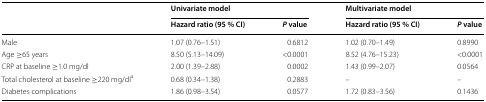
<table><thead><tr><td rowspan="2"></td><td colspan="2"><b>Univariate model</b></td><td colspan="2"><b>Multivariate model</b></td></tr><tr><td><b>Hazard ratio (95 % CI)</b></td><td><b><i>P</i> value</b></td><td><b>Hazard ratio (95 % CI)</b></td><td><b><i>P</i> value</b></td></tr></thead><tbody><tr><td>Male</td><td>1.07 (0.76–1.51)</td><td>0.6812</td><td>1.02 (0.70–1.49)</td><td>0.8990</td></tr><tr><td>Age ≥65 years</td><td>8.50 (5.13–14.09)</td><td>&lt;0.0001</td><td>8.52 (4.76–15.23)</td><td>&lt;0.0001</td></tr><tr><td>CRP at baseline ≥1.0 mg/dl</td><td>2.00 (1.39–2.88)</td><td>0.0002</td><td>1.43 (0.99–2.07)</td><td>0.0564</td></tr><tr><td>Total cholesterol at baseline ≥220 mg/dl<sup>a</sup></td><td>0.68 (0.34–1.38)</td><td>0.2883</td><td>–</td><td>–</td></tr><tr><td>Diabetes complications</td><td>1.86 (0.98–3.54)</td><td>0.0577</td><td>1.72 (0.83–3.56)</td><td>0.1436</td></tr></tbody></table>